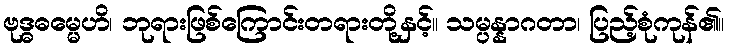
ဗုဒ္ဓဓမ္မေဟိ၊ ဘုရားဖြစ်ကြောင်းတရားတို့နှင့်။ သမ္ပန္နာဂတာ၊ ပြည့်စုံကုန်၏။